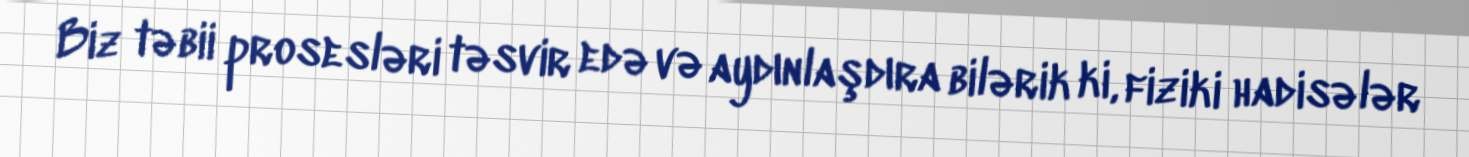
Biz təbii prosesləri təsvir edə və aydınlaşdıra bilərik ki, fiziki hadisələr